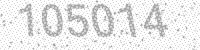
Solution: 105014